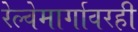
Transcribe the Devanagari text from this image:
रेल्वेमार्गावरही